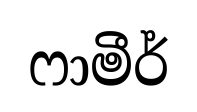
ෆාමීර්